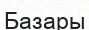
Базары